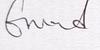
Signature authenticity: genuine